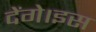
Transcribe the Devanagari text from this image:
देंगे।इस